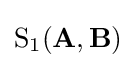
{\text{S}}_{1}(\mathbf {A} ,\mathbf {B} )